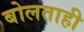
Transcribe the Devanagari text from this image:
बोलताही